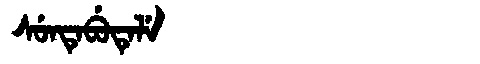
Manchu: ᠰᡠᠨᡨᡝᠪᡠᡨᡝᠯᡝ
Romanization: SUNTEBUTELE